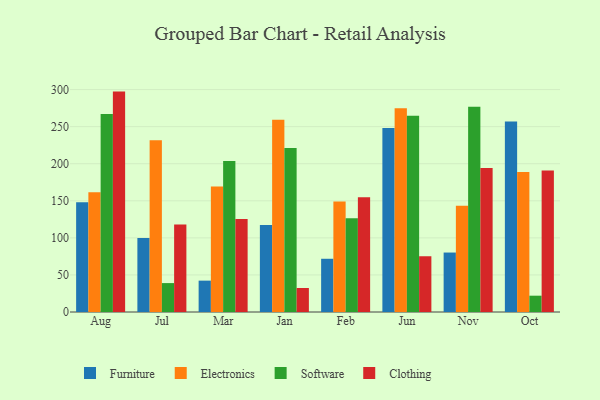
{"axis": {"x": "Month", "y": "Satisfaction Score"}, "legend": ["Clothing", "Electronics", "Furniture", "Software"], "data": [{"x": "Aug", "y": 147.9, "type": "Furniture"}, {"x": "Aug", "y": 161.6, "type": "Electronics"}, {"x": "Aug", "y": 267.0, "type": "Software"}, {"x": "Aug", "y": 297.3, "type": "Clothing"}, {"x": "Jul", "y": 99.8, "type": "Furniture"}, {"x": "Jul", "y": 231.6, "type": "Electronics"}, {"x": "Jul", "y": 39.0, "type": "Software"}, {"x": "Jul", "y": 117.9, "type": "Clothing"}, {"x": "Mar", "y": 42.3, "type": "Furniture"}, {"x": "Mar", "y": 169.3, "type": "Electronics"}, {"x": "Mar", "y": 203.8, "type": "Software"}, {"x": "Mar", "y": 125.3, "type": "Clothing"}, {"x": "Jan", "y": 117.2, "type": "Furniture"}, {"x": "Jan", "y": 259.3, "type": "Electronics"}, {"x": "Jan", "y": 221.1, "type": "Software"}, {"x": "Jan", "y": 32.4, "type": "Clothing"}, {"x": "Feb", "y": 71.8, "type": "Furniture"}, {"x": "Feb", "y": 148.9, "type": "Electronics"}, {"x": "Feb", "y": 126.4, "type": "Software"}, {"x": "Feb", "y": 154.8, "type": "Clothing"}, {"x": "Jun", "y": 248.3, "type": "Furniture"}, {"x": "Jun", "y": 274.9, "type": "Electronics"}, {"x": "Jun", "y": 264.6, "type": "Software"}, {"x": "Jun", "y": 75.2, "type": "Clothing"}, {"x": "Nov", "y": 80.2, "type": "Furniture"}, {"x": "Nov", "y": 143.3, "type": "Electronics"}, {"x": "Nov", "y": 276.8, "type": "Software"}, {"x": "Nov", "y": 194.2, "type": "Clothing"}, {"x": "Oct", "y": 257.1, "type": "Furniture"}, {"x": "Oct", "y": 189.0, "type": "Electronics"}, {"x": "Oct", "y": 22.0, "type": "Software"}, {"x": "Oct", "y": 190.9, "type": "Clothing"}]}